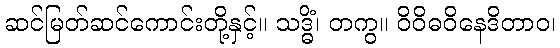
ဆင်မြတ်ဆင်ကောင်းတို့နှင့်။ သဒ္ဓိံ၊ တကွ။ ဝိဝိဓဝိနေဒိတာဝ၊